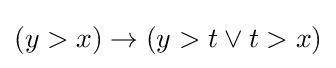
(y>x)\to (y>t\lor t>x)